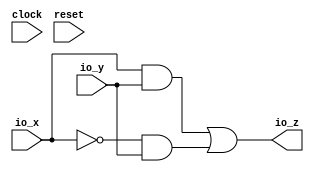
module Functionality(
  input         clock,
  input         reset,
  input  [15:0] io_x,
  input  [15:0] io_y,
  output [15:0] io_z
);
  wire [15:0] _T = io_x & io_y; // @[Functionality.scala 13:8]
  wire [15:0] _T_1 = ~io_x; // @[Functionality.scala 13:16]
  wire [15:0] _T_2 = _T_1 & io_y; // @[Functionality.scala 13:19]
  assign io_z = _T | _T_2; // @[Functionality.scala 14:8]
endmodule